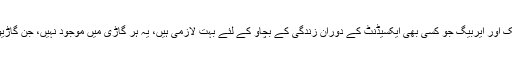
اب گاڑیوں میں موجود سہولیات کی بات کی جائے تو اے بی ایس بریک اور ایربیگ جو کسی بھی ایکسیڈنٹ کے دوران زندگی کے بچاو کے لئے بہت لازمی ہیں، یہ ہر گاڑی میں موجود نہیں، جن گاڑیوں میں موجود ہیں وہ بہت مہنگی اور عام آدمی کی پہنچ سے دور ہیں۔